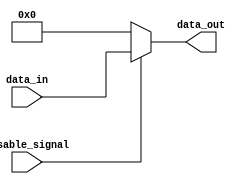
module DisableBlock (
    input wire disable_signal,  // Control Signal (Disable Signal)
    input wire [WIDTH-1:0] data_in, // Input Data (can be any width)
    output reg [WIDTH-1:0] data_out // Output Data
);
    parameter WIDTH = 8; // Define the width of the data signals

    always @(*) begin
        if (!disable_signal) begin
            // When disable_signal is low (active), hold output at a predefined state (logic low)
            data_out = {WIDTH{1'b0}}; // Set output to logic low (can be modified to another value if needed)
        end else begin
            // When disable_signal is high (inactive), pass input to output
            data_out = data_in;
        end
    end

endmodule